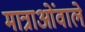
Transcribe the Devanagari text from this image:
मात्राओंवाले